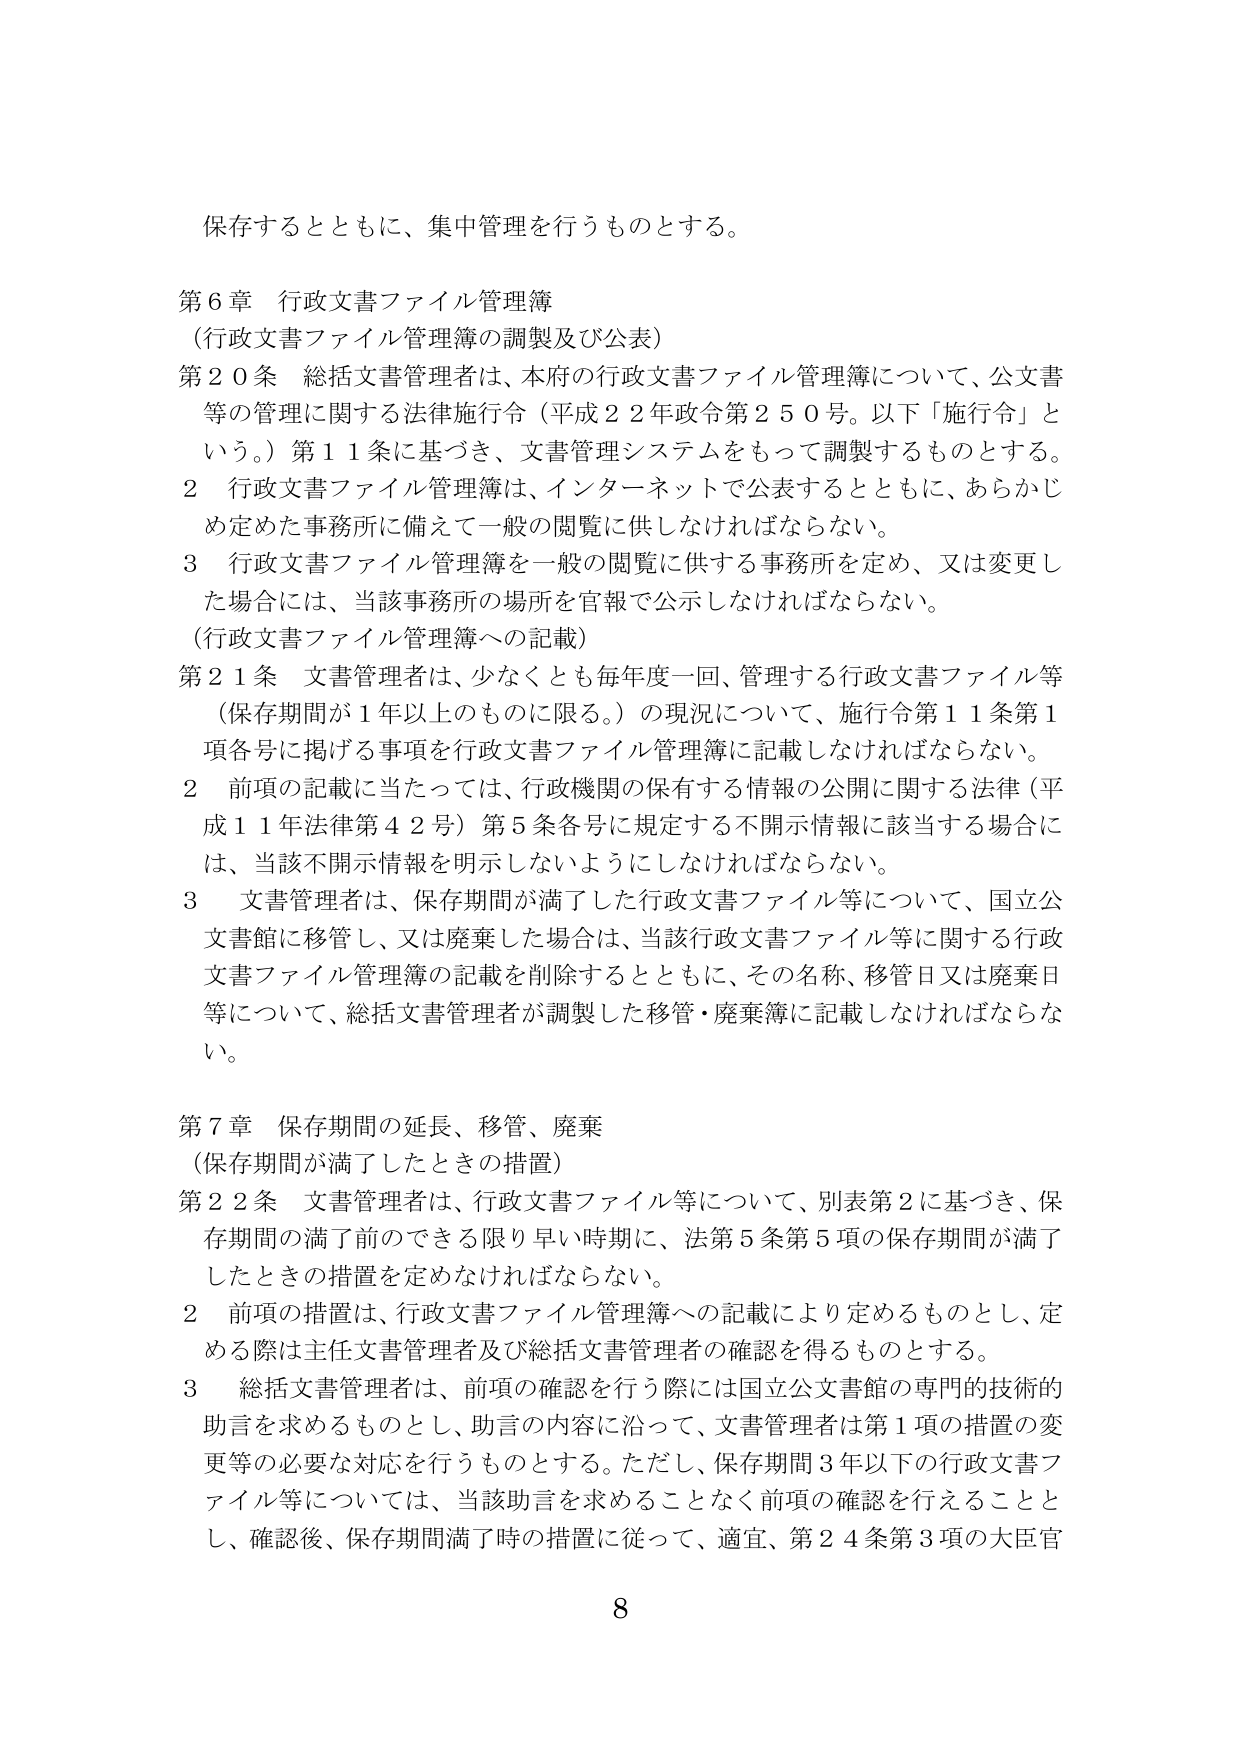
保存するとともに、集中管理を行うものとする。

第６章 行政文書ファイル管理簿
（行政文書ファイル管理簿の調製及び公表）
第２０条 総括文書管理者は、本府の行政文書ファイル管理簿について、公文書等の管理に関する法律施行令（平成２２年政令第２５０号。以下「施行令」という。）第１１条に基づき、文書管理システムをもって調製するものとする。
２ 行政文書ファイル管理簿は、インターネットで公表するとともに、あらかじめ定めた事務所に備えて一般の閲覧に供しなければならない。
３ 行政文書ファイル管理簿を一般の閲覧に供する事務所を定め、又は変更した場合には、当該事務所の場所を官報で公示しなければならない。
（行政文書ファイル管理簿への記載）
第２１条 文書管理者は、少なくとも毎年度一回、管理する行政文書ファイル等（保存期間が１年以上のものに限る。）の現況について、施行令第１１条第１項各号に掲げる事項を行政文書ファイル管理簿に記載しなければならない。
２ 前項の記載に当たっては、行政機関の保有する情報の公開に関する法律（平成１１年法律第４２号）第５条各号に規定する不開示情報に該当する場合には、当該不開示情報を明示しないようにしなければならない。
３ 文書管理者は、保存期間が満了した行政文書ファイル等について、国立公文書館に移管し、又は廃棄した場合は、当該行政文書ファイル等に関する行政文書ファイル管理簿の記載を削除するとともに、その名称、移管日又は廃棄日等について、総括文書管理者が調製した移管・廃棄簿に記載しなければならない。

第７章 保存期間の延長、移管、廃棄
（保存期間が満了したときの措置）
第２２条 文書管理者は、行政文書ファイル等について、別表第２に基づき、保存期間の満了前のできる限り早い時期に、法第５条第５項の保存期間が満了したときの措置を定めなければならない。
２ 前項の措置は、行政文書ファイル管理簿への記載により定めるものとし、定める際は主任文書管理者及び総括文書管理者の確認を得るものとする。
３ 総括文書管理者は、前項の確認を行う際には国立公文書館の専門的技術的助言を求めるものとし、助言の内容に沿って、文書管理者は第１項の措置の変更等の必要な対応を行うものとする。ただし、保存期間３年以下の行政文書ファイル等については、当該助言を求めることなく前項の確認を行えることとし、確認後、保存期間満了時の措置に従って、適宜、第２４条第３項の大臣官

8